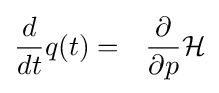
{\frac {d}{dt}}q(t)=~~{\frac {\partial }{\partial p}}{\mathcal {H}}